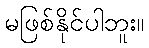
မဖြစ်နိုင်ပါဘူး။